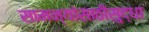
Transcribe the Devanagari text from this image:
सामन्यांसाठीसुद्धा